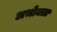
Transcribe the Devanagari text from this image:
अभोक्ता